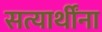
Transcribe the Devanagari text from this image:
सत्यार्थींना